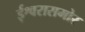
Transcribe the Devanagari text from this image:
ईश्वरासमोर